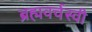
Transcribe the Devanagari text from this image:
ब्रह्मवर्चस्वी